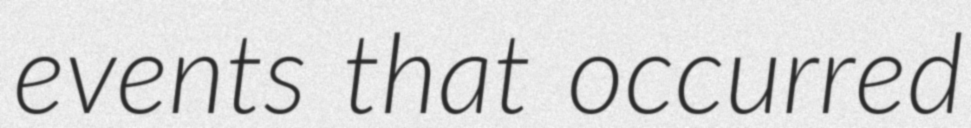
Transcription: events that occurred